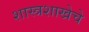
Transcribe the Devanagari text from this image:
शास्त्रशाखेचे